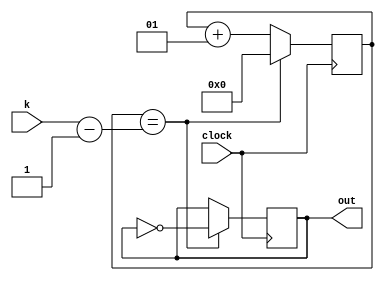
`timescale 1ns / 1ps
//////////////////////////////////////////////////////////////////////////////////
// Company: 
// Engineer: 
// 
// Design Name: 
// Module Name: clock_divider
// Project Name: 
// Target Devices: 
// Tool Versions: 
// Description: 
// 
// Dependencies: 
// 
// Revision:
// Revision 0.01 - File Created
// Additional Comments:
// 
//////////////////////////////////////////////////////////////////////////////////


module clock_divider(
    input clock, input [31:0]k,
    output out
    );
    reg out_value = 1'b0;
    integer clock_counter = 0; 
    always @(posedge clock)
    begin
    if (clock_counter == k - 1)
        begin
        out_value <= ~out_value;
        clock_counter <= 0;
        end
    else
        begin
        clock_counter <= (clock_counter == k -1) ? 0 : clock_counter + 1;
        end
    end
    assign out = out_value;
     
    
endmodule